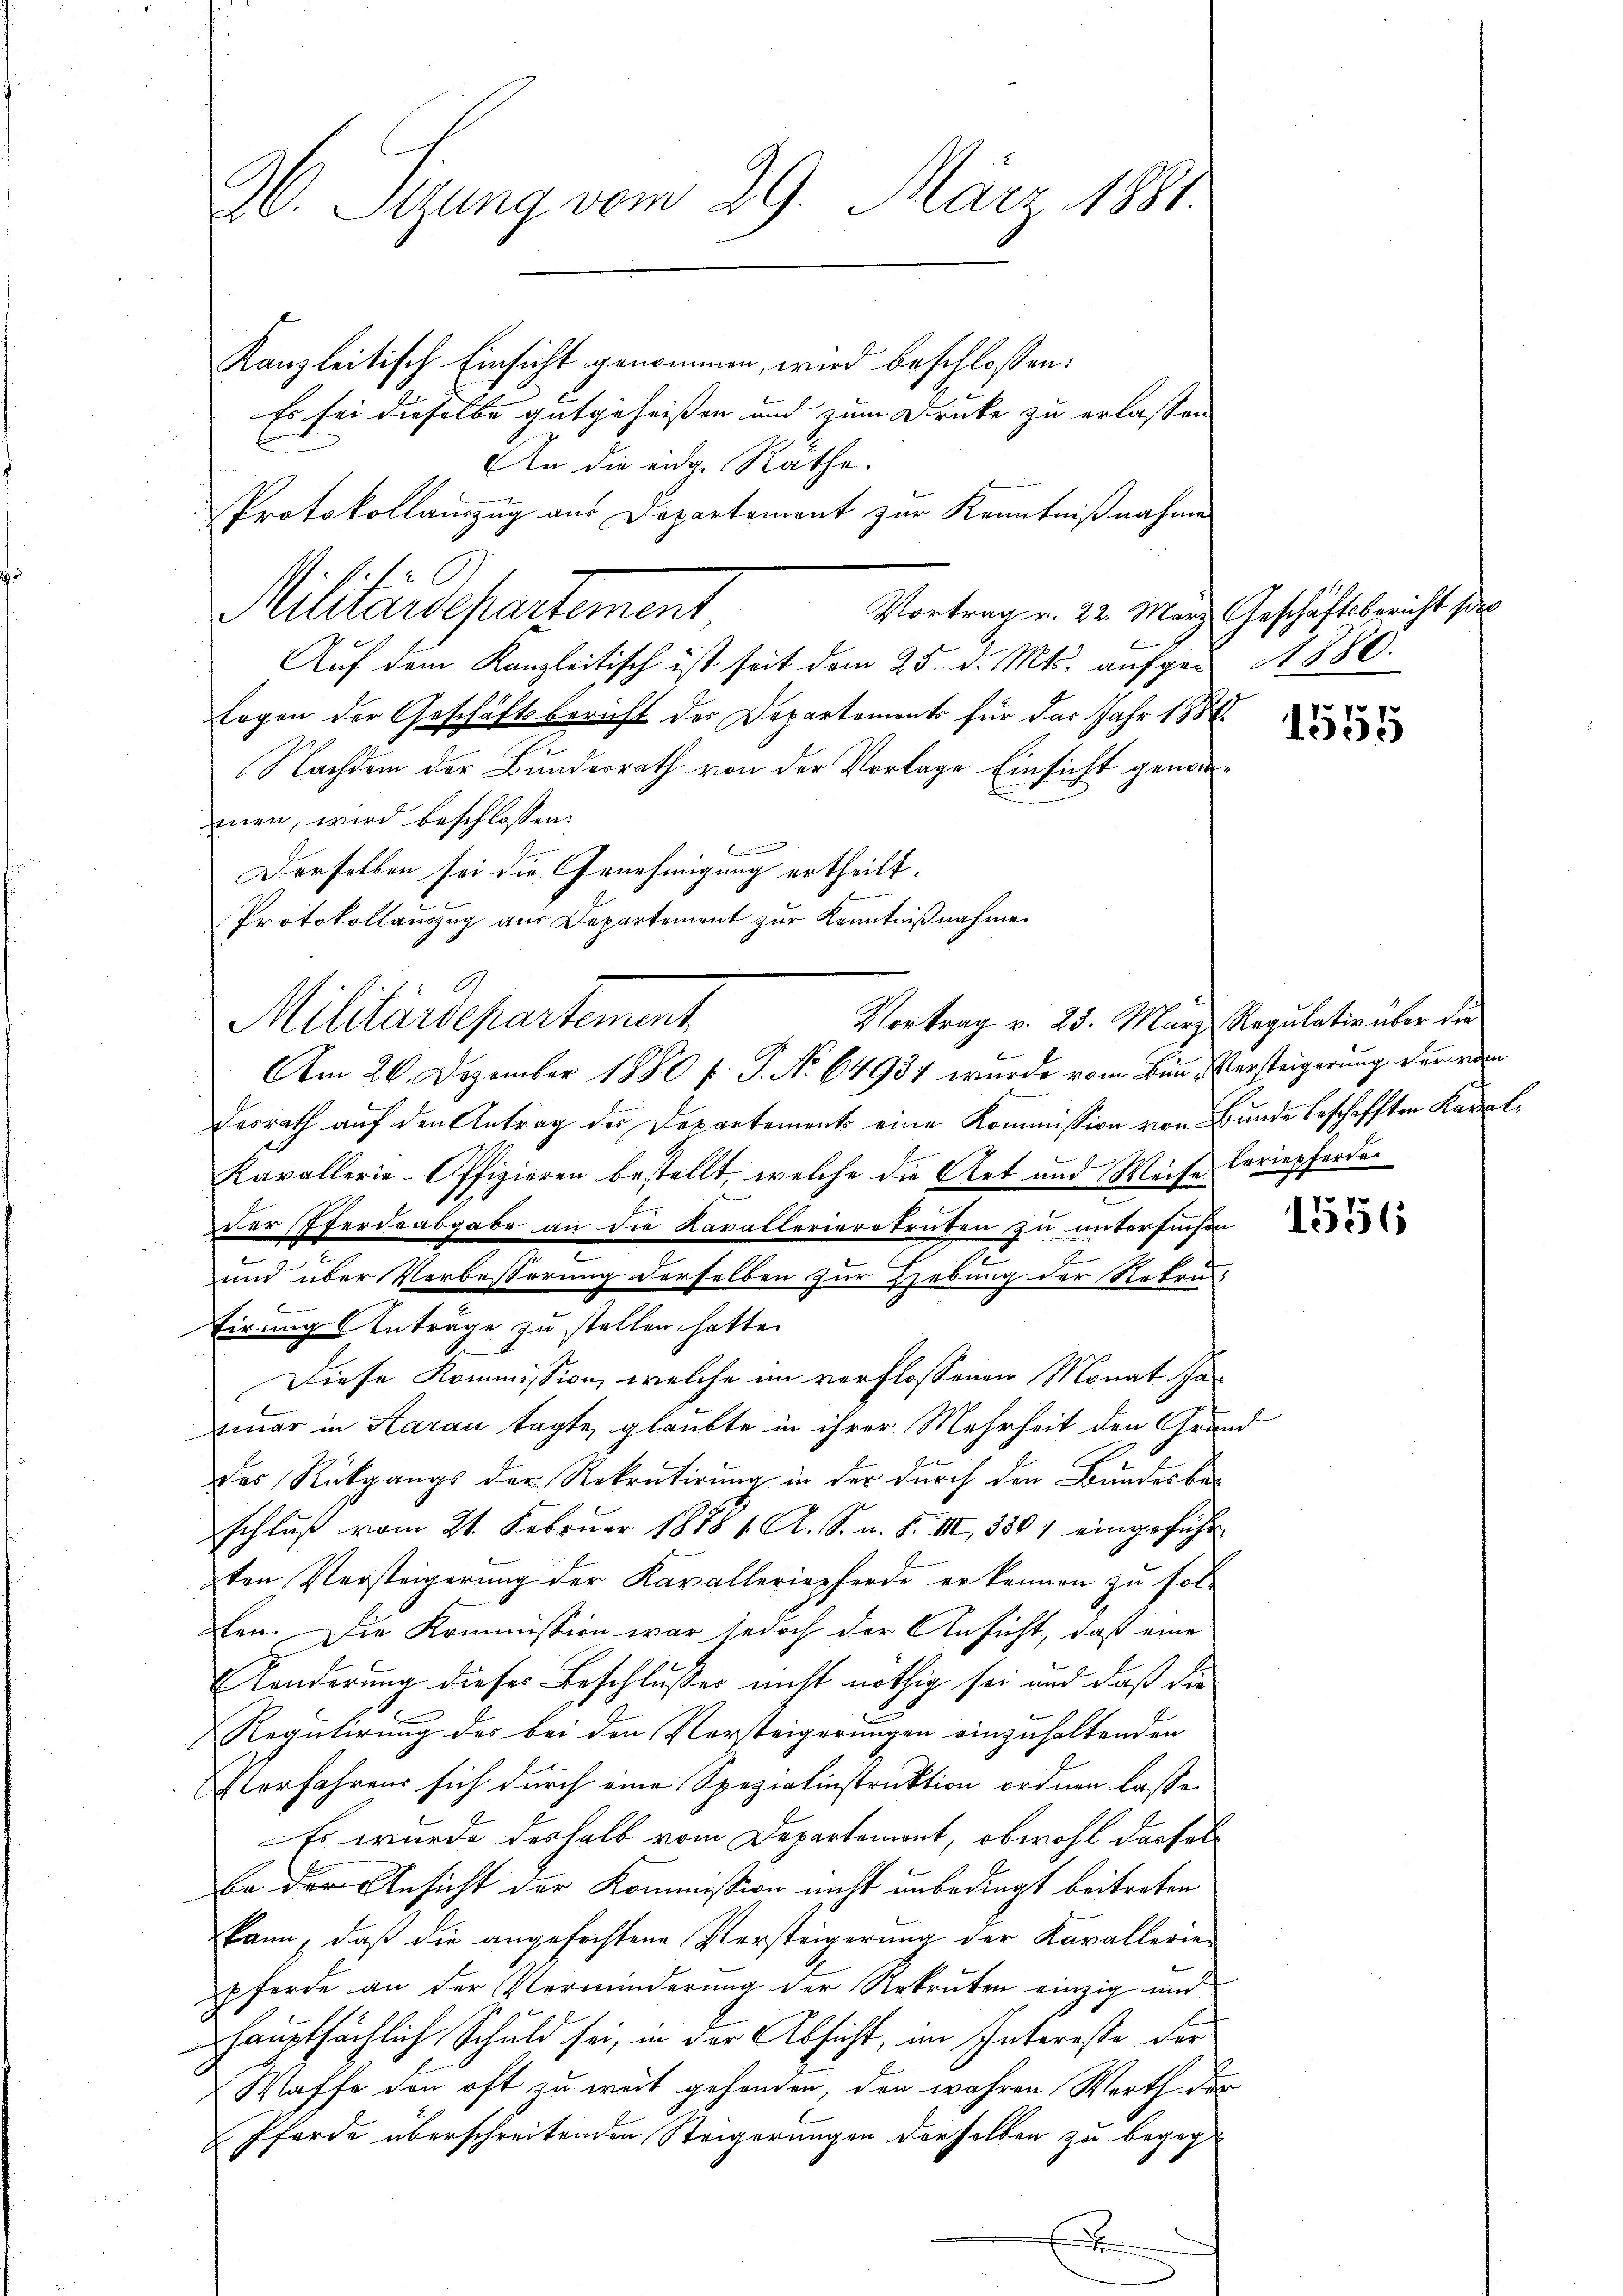
A. Sizung vom 29. März 1881.

Kanzleitisch Einsicht genommen, wird beschlossen:
Es sei dieselbe gutgeheissen und zum Drucke zu erlassen
Vortrag v. 22. März Geschäftsbericht pro
Auf dem Kanzleitisch ist seit dem 25. d. Mts. aufger A 880.
Eogen der Geschäftsbericht des Departements für das Jahr 1888.
.
Nachdem der Bundesrath von der Vorlage Einsicht genommen, wird beschlossen:
Derselben sei die Genehmigung ertheilt.
Protokollauszug aus Departement zur Kenntnißnahme.
desrath auf den Antrag der Departements eine Kommission von Bunde beschafften Kanalx
Kavallerie-Offizieren bestellt, welche die Art und Weise loriepferden
der Pferdeabgabe an die Kavallerierekruten zu untersuchen
e
E
und über Verbesserung derselben zur Hebung der Retra
Eirung Anträge zu stellen hatte.
Diese Kommission, welche im verflossenen Monat schon
iimer in Aarau tagte, glaubte in ihrer Mehrheit den Grund
des Rückgangs der Rekrutirung in der durch den Bundesbeschluß vom 21. Februar 1878 1. A. S. m. S. III, 3301 eingeführ
zten Versteigerung der Kavalleriepferde er kennen zu fol-
fen. Die Kommission war jedoch der Ansicht, daß eine
Känderung dieses Beschlußes nicht nöthig sei und daß die
Regulirung des bei den Vorsteigerungen einzuhaltenden
Eterfahrens sich durch eine Spezialinstruktion ordnen lasse.
Es wurde deshalb vom Departemont, obwohl dasfel
be der Ansicht der Kommission nicht unbedingt beitreten
kann, daß die angefochtene Versteigerung der Kavallerie-
pferde an der Verminderung der Rekruten einzig und
hauptsächlich Schuld sei, in der Absicht, im Intereße der
Waffe den oft zu weit gehanden, den wahren Werth der
Pferde überschreitenden Steigerungen derselben zu begeg
x

An die eidge Rathe.
Protokollauszug aus Departement zur Kenntnißnahme
Militärdepartement

Militärdepartement

Vortrag v. 25. März Regulativ über die
.
Am 20. Dezember 1880 f. P. Nr. 64934 wurde vom Bun- Versteigerung der ve

1555

1556